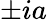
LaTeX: \pm ia